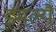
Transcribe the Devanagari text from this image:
इमल्यै